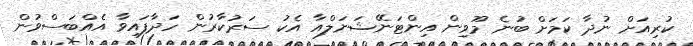
ކުރިއަށް ނުދާ ކަމަށް ބުނެ މޫވިން އިންޓަނޭޝަނަލްއާ އެކު ސަރުކާރުން ހަދާފައިވާ އެއްބަސްވުން